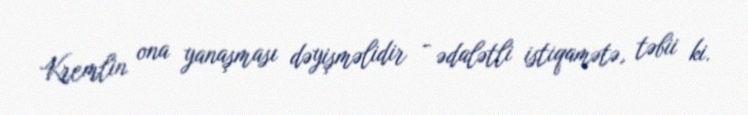
Kremlin ona yanaşması dəyişməlidir - ədalətli istiqamətə, təbii ki.